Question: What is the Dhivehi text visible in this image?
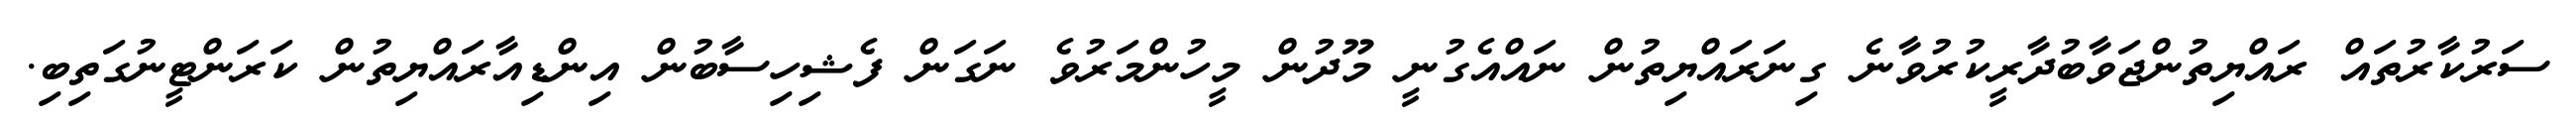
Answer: ސަރުކާރުތައް ރައްޔިތުންޖަވާބުދާރީކުރުވާނެ ގިނަރައްޔިތުން ނައްއެގުނީ މޫދުން މީހުންމަރުވެ ނަގަން ފެޝިހިސާބުން އިންޑިއާރައްޔިތުން ކަރަންޓީނުގަތިބި.